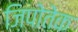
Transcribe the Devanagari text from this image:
ज़िपोतेक